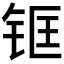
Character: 𲇺